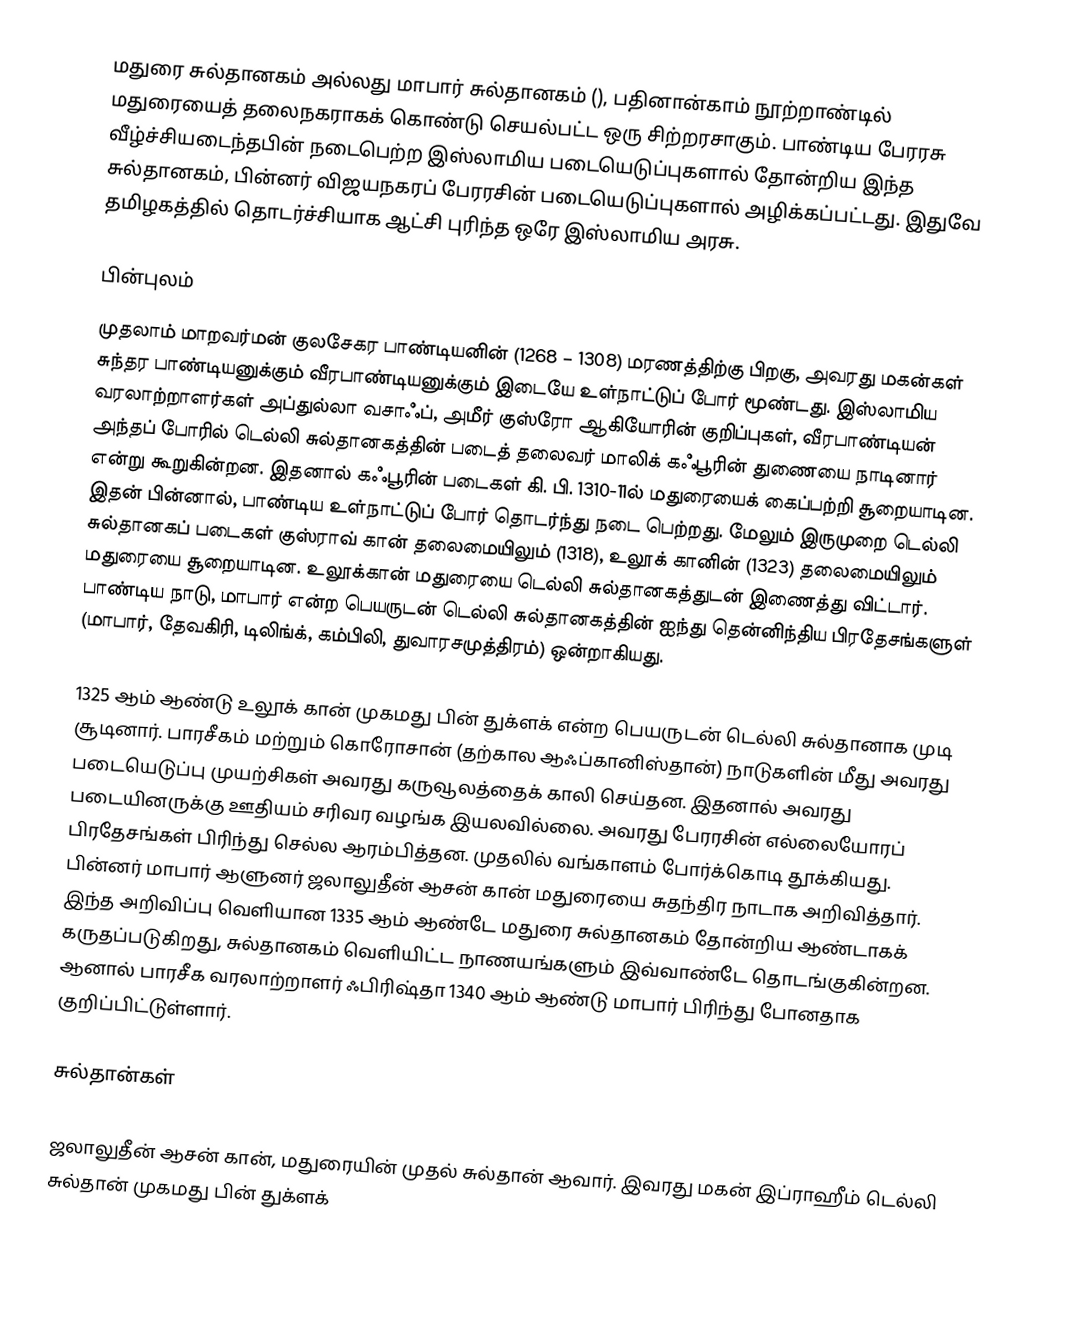
மதுரை சுல்தானகம் அல்லது மாபார் சுல்தானகம் (), பதினான்காம் நூற்றாண்டில் மதுரையைத் தலைநகராகக் கொண்டு செயல்பட்ட ஒரு சிற்றரசாகும். பாண்டிய பேரரசு வீழ்ச்சியடைந்தபின் நடைபெற்ற இஸ்லாமிய படையெடுப்புகளால் தோன்றிய இந்த சுல்தானகம், பின்னர் விஜயநகரப் பேரரசின் படையெடுப்புகளால் அழிக்கப்பட்டது. இதுவே தமிழகத்தில் தொடர்ச்சியாக ஆட்சி புரிந்த ஒரே இஸ்லாமிய அரசு.

பின்புலம்
முதலாம் மாறவர்மன் குலசேகர பாண்டியனின் (1268 – 1308) மரணத்திற்கு பிறகு, அவரது மகன்கள் சுந்தர பாண்டியனுக்கும் வீரபாண்டியனுக்கும் இடையே உள்நாட்டுப் போர் மூண்டது. இஸ்லாமிய வரலாற்றாளர்கள் அப்துல்லா வசாஃப், அமீர் குஸ்ரோ ஆகியோரின் குறிப்புகள், வீரபாண்டியன் அந்தப் போரில் டெல்லி சுல்தானகத்தின் படைத் தலைவர் மாலிக் கஃபூரின் துணையை நாடினார் என்று கூறுகின்றன. இதனால் கஃபூரின் படைகள் கி. பி. 1310-11ல் மதுரையைக் கைப்பற்றி சூறையாடின. இதன் பின்னால், பாண்டிய உள்நாட்டுப் போர் தொடர்ந்து நடை பெற்றது. மேலும் இருமுறை டெல்லி சுல்தானகப் படைகள் குஸ்ராவ் கான் தலைமையிலும் (1318), உலூக் கானின் (1323) தலைமையிலும் மதுரையை சூறையாடின. உலூக்கான் மதுரையை டெல்லி சுல்தானகத்துடன் இணைத்து விட்டார். பாண்டிய நாடு, மாபார் என்ற பெயருடன் டெல்லி சுல்தானகத்தின் ஐந்து தென்னிந்திய பிரதேசங்களுள் (மாபார், தேவகிரி, டிலிங்க், கம்பிலி, துவாரசமுத்திரம்) ஒன்றாகியது.

1325 ஆம் ஆண்டு உலூக் கான் முகமது பின் துக்ளக் என்ற பெயருடன் டெல்லி சுல்தானாக முடி சூடினார். பாரசீகம் மற்றும் கொரோசான் (தற்கால ஆஃப்கானிஸ்தான்) நாடுகளின் மீது அவரது படையெடுப்பு முயற்சிகள் அவரது கருவூலத்தைக் காலி செய்தன. இதனால் அவரது படையினருக்கு ஊதியம் சரிவர வழங்க இயலவில்லை. அவரது பேரரசின் எல்லையோரப் பிரதேசங்கள் பிரிந்து செல்ல ஆரம்பித்தன. முதலில் வங்காளம் போர்க்கொடி தூக்கியது. பின்னர் மாபார் ஆளுனர் ஜலாலுதீன் ஆசன் கான் மதுரையை சுதந்திர நாடாக அறிவித்தார். இந்த அறிவிப்பு வெளியான 1335 ஆம் ஆண்டே மதுரை சுல்தானகம் தோன்றிய ஆண்டாகக் கருதப்படுகிறது, சுல்தானகம் வெளியிட்ட நாணயங்களும் இவ்வாண்டே தொடங்குகின்றன. ஆனால் பாரசீக வரலாற்றாளர் ஃபிரிஷ்தா 1340 ஆம் ஆண்டு மாபார் பிரிந்து போனதாக குறிப்பிட்டுள்ளார்.

சுல்தான்கள்

ஜலாலுதீன் ஆசன் கான், மதுரையின் முதல் சுல்தான் ஆவார். இவரது மகன் இப்ராஹீம் டெல்லி சுல்தான் முகமது பின் துக்ளக்